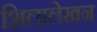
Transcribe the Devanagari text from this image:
शिलालेखन